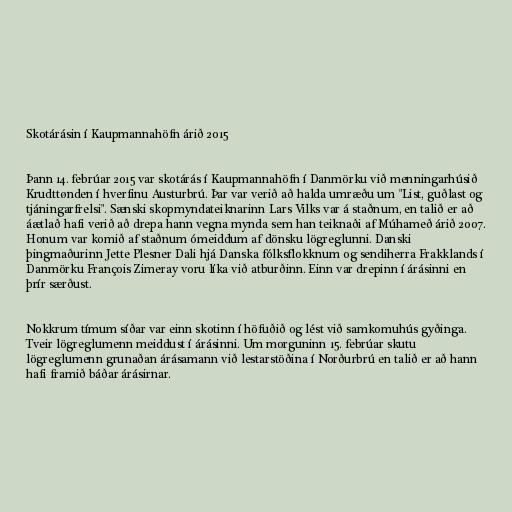
Skotárásin í Kaupmannahöfn árið 2015

Þann 14. febrúar 2015 var skotárás í Kaupmannahöfn í Danmörku við menningarhúsið
Krudttønden í hverfinu Austurbrú. Þar var verið að halda umræðu um "List, guðlast og
tjáningarfrelsi". Sænski skopmyndateiknarinn Lars Vilks var á staðnum, en talið er að
áætlað hafi verið að drepa hann vegna mynda sem han teiknaði af Múhameð árið 2007.
Honum var komið af staðnum ómeiddum af dönsku lögreglunni. Danski
þingmaðurinn Jette Plesner Dali hjá Danska fólksflokknum og sendiherra Frakklands í
Danmörku François Zimeray voru líka við atburðinn. Einn var drepinn í árásinni en
þrír særðust.

Nokkrum tímum síðar var einn skotinn í höfuðið og lést við samkomuhús gyðinga.
Tveir lögreglumenn meiddust í árásinni. Um morguninn 15. febrúar skutu
lögreglumenn grunaðan árásamann við lestarstöðina í Norðurbrú en talið er að hann
hafi framið báðar árásirnar.